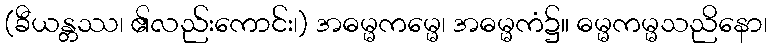
(ခီယန္တဿ၊ ၏လည်းကောင်း၊) အဓမ္မကမ္မေ၊ အဓမ္မကံ၌။ ဓမ္မကမ္မသညိနော၊